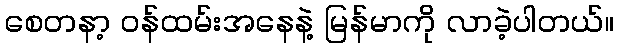
စေတနာ့ ဝန်ထမ်းအနေနဲ့ မြန်မာကို လာခဲ့ပါတယ်။